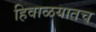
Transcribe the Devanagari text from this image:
हिवाळयातच